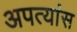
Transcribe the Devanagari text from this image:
अपत्यांस